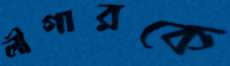
লীগারকে